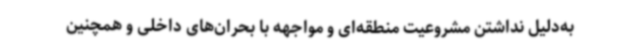
به‌دلیل نداشتن مشروعیت منطقه‌ای و مواجهه با بحران‌های داخلی و همچنین